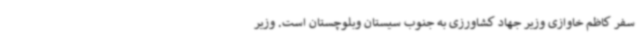
سفر کاظم خاوازی وزیر جهاد کشاورزی به جنوب سیستان وبلوچستان است. وزیر